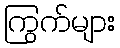
ကြွက်များ